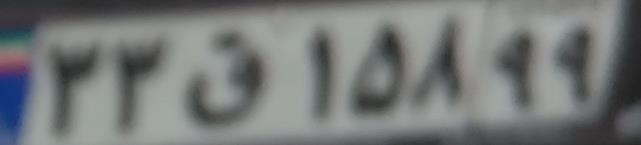
۳۳ق۱۵۸۹۹